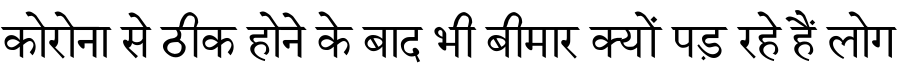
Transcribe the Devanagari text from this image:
कोरोना से ठीक होने के बाद भी बीमार क्यों पड़ रहे हैं लोग